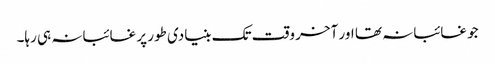
جو غائبانہ تھا اور آخر وقت تک بنیادی طور پر غائبانہ ہی رہا۔